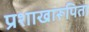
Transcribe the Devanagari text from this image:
प्रशाखारूपिता